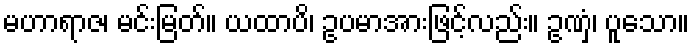
မဟာရာဇ၊ မင်းမြတ်။ ယထာပိ၊ ဥပမာအားဖြင့်လည်း။ ဥဏှံ၊ ပူသော။